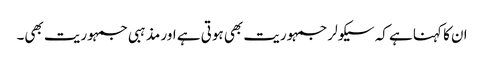
ان کا کہنا ہے کہ سیکولر جمہوریت بھی ہوتی ہے اور مذہبی جمہوریت بھی۔